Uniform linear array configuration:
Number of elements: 48
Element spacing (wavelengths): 0.75
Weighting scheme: blackman
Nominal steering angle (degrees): -30
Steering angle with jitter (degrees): -28.872
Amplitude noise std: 0.05
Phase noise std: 0.05

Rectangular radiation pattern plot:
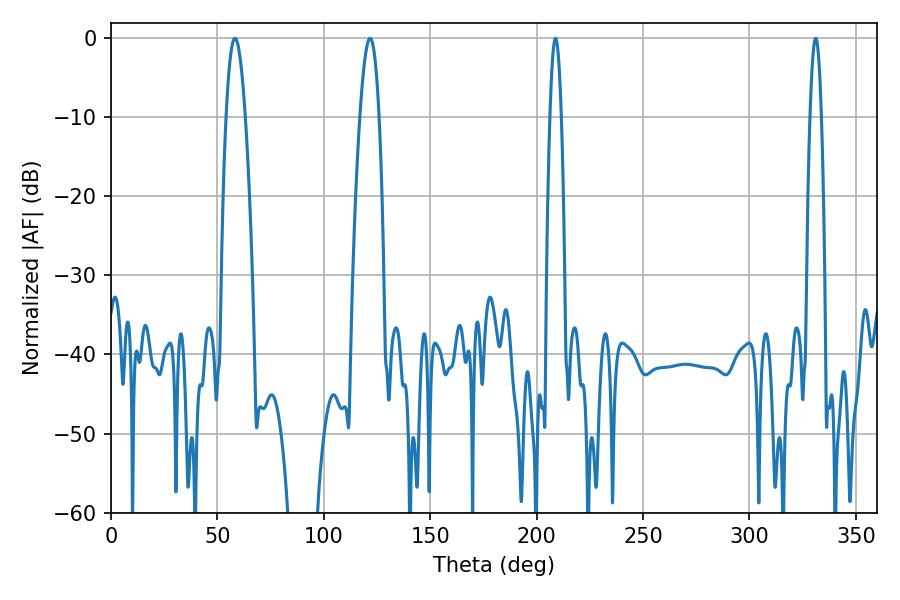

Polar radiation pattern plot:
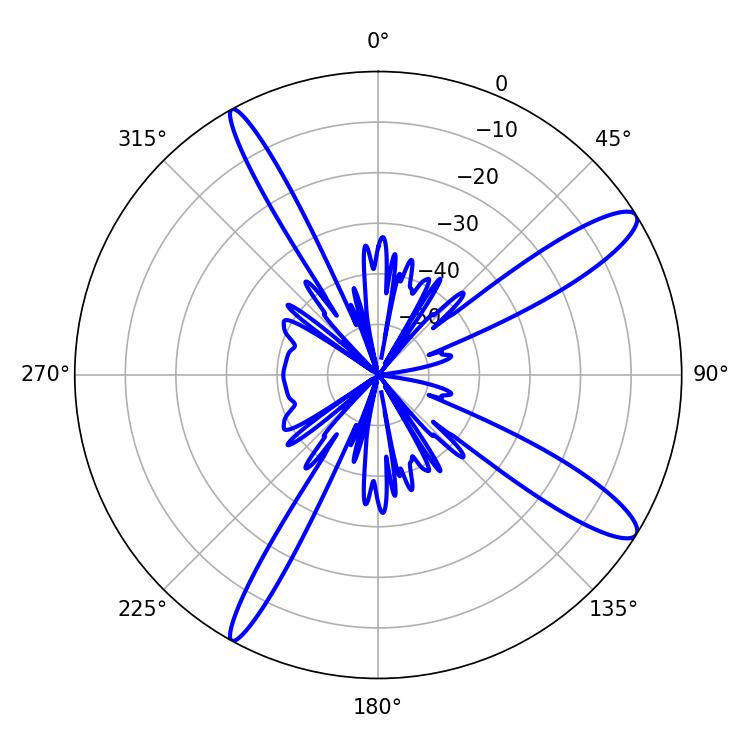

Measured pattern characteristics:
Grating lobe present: TRUE
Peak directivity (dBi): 12.787
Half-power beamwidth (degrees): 4.86
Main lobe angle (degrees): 58.32